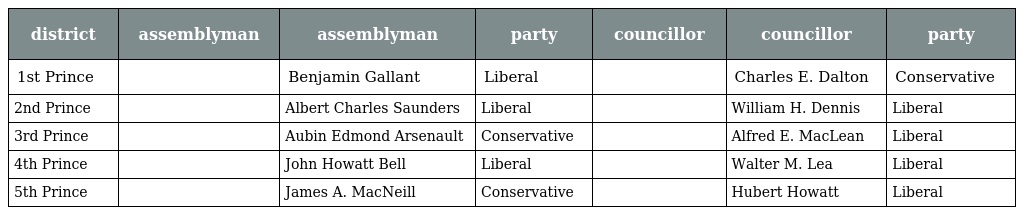
| district | assemblyman | assemblyman | party | councillor | councillor | party |
 | --- | --- | --- | --- | --- | --- | --- |
 | 1st Prince |  | Benjamin Gallant | Liberal |  | Charles E. Dalton | Conservative |
 | 2nd Prince |  | Albert Charles Saunders | Liberal |  | William H. Dennis | Liberal |
 | 3rd Prince |  | Aubin Edmond Arsenault | Conservative |  | Alfred E. MacLean | Liberal |
 | 4th Prince |  | John Howatt Bell | Liberal |  | Walter M. Lea | Liberal |
 | 5th Prince |  | James A. MacNeill | Conservative |  | Hubert Howatt | Liberal |